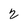
Character: 2